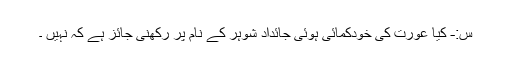
س:- کیا عورت کی خودکمائی ہوئی جائداد شوہر کے نام پر رکھنی جائز ہے کہ نہیں ۔